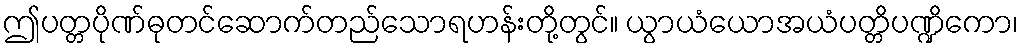
ဤပတ္တပိုဏ်ဓုတင်ဆောက်တည်သောရဟန်းတို့တွင်။ ယွာယံယောအယံပတ္တိပဏ္ဍိကော၊